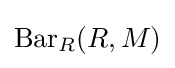
\operatorname {Bar} _{R}(R,M)